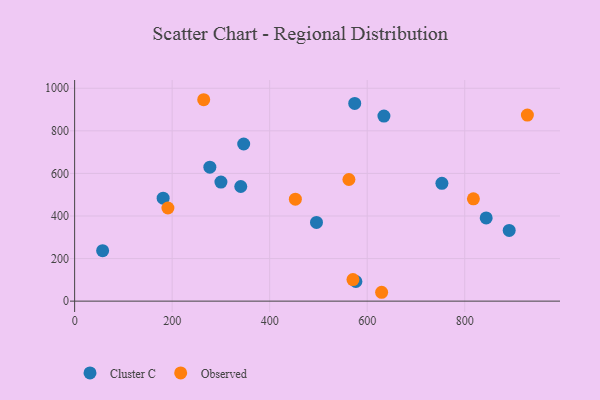
{"axis": {"x": "Price", "y": "Yield"}, "legend": ["Cluster C", "Observed"], "data": [{"x": "574.4", "y": 929.0, "type": "Cluster C"}, {"x": "300.0", "y": 559.1, "type": "Cluster C"}, {"x": "634.3", "y": 869.3, "type": "Cluster C"}, {"x": "277.3", "y": 629.3, "type": "Cluster C"}, {"x": "496.0", "y": 369.7, "type": "Cluster C"}, {"x": "346.7", "y": 738.2, "type": "Cluster C"}, {"x": "891.2", "y": 332.4, "type": "Cluster C"}, {"x": "576.8", "y": 92.3, "type": "Cluster C"}, {"x": "844.0", "y": 390.7, "type": "Cluster C"}, {"x": "753.2", "y": 553.5, "type": "Cluster C"}, {"x": "57.4", "y": 237.1, "type": "Cluster C"}, {"x": "181.5", "y": 483.6, "type": "Cluster C"}, {"x": "340.7", "y": 538.5, "type": "Cluster C"}, {"x": "629.6", "y": 41.6, "type": "Observed"}, {"x": "928.5", "y": 873.9, "type": "Observed"}, {"x": "452.7", "y": 479.2, "type": "Observed"}, {"x": "570.8", "y": 101.3, "type": "Observed"}, {"x": "191.3", "y": 437.6, "type": "Observed"}, {"x": "562.5", "y": 571.3, "type": "Observed"}, {"x": "264.7", "y": 946.2, "type": "Observed"}, {"x": "817.8", "y": 480.4, "type": "Observed"}]}